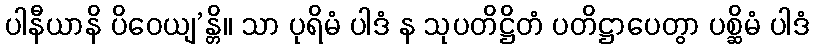
ပါနီယာနိ ပိဝေယျ’န္တိ။ သာ ပုရိမံ ပါဒံ န သုပတိဋ္ဌိတံ ပတိဋ္ဌာပေတွာ ပစ္ဆိမံ ပါဒံ